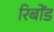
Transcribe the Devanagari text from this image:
रिबोंड